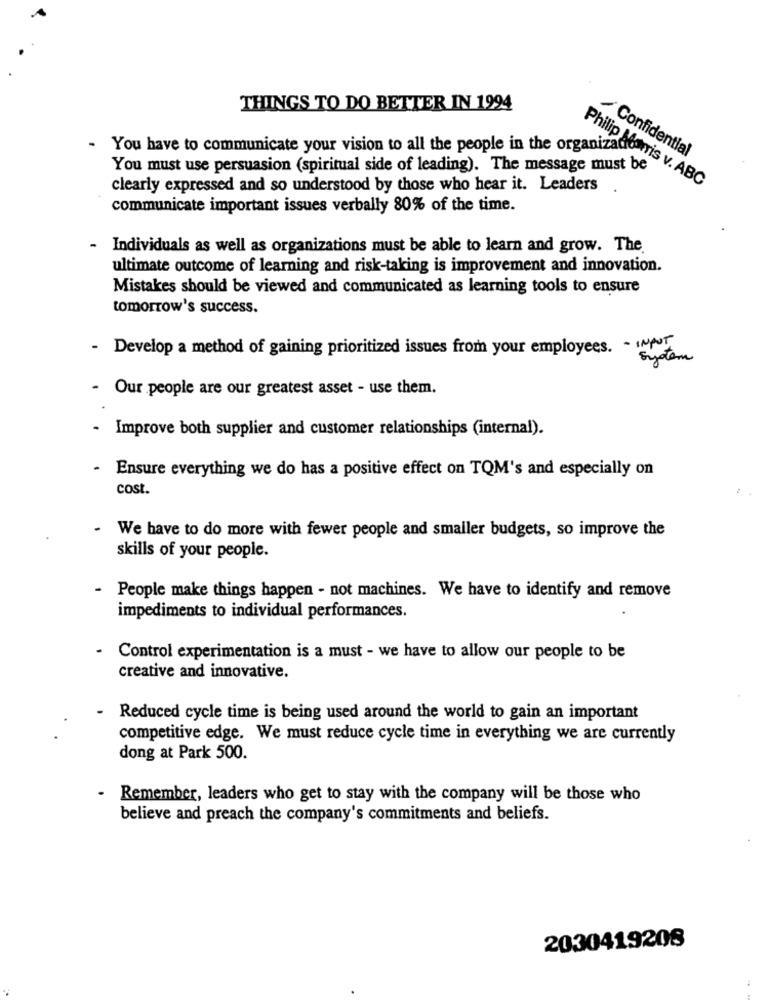
THINGS TO DO BETTER IN 1994
.
You have to communicate your vision to all the people in the organizado
Confidential
You must use persuasion (spiritual side of leading). The message must be
Philip Morris v. ABC
clearly expressed and so understood by those who hear it. Leaders
communicate important issues verbally 80% of the time.
- Individuals as well as organizations must be able to learn and grow. The.
ultimate outcome of learning and risk-taking is improvement and innovation.
Mistakes should be viewed and communicated as learning tools to ensure
tomorrow's success.
- Develop a method of gaining prioritized issues from your employees. - INPUT
System
Our people are our greatest asset - use them.
- Improve both supplier and customer relationships (internal).
-
Ensure everything we do has a positive effect on TQM's and especially on
cost.
We have to do more with fewer people and smaller budgets, so improve the
skills of your people.
- People make things happen - not machines. We have to identify and remove
impediments to individual performances.
Control experimentation is a must - we have to allow our people to be
creative and innovative.
Reduced cycle time is being used around the world to gain an important
competitive edge. We must reduce cycle time in everything we are currently
dong at Park 500.
- Remember, leaders who get to stay with the company will be those who
believe and preach the company's commitments and beliefs.
2030419208